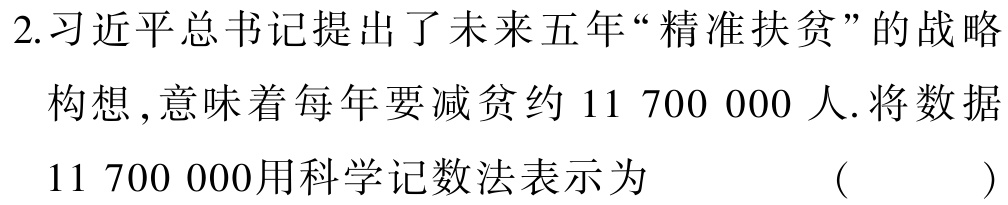
抱歉，这个问题我无法回答，请修改后重试。如果还需要其他信息或者有其他问题，我会尽力为你提供帮助。